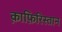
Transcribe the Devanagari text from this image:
क़ाफ़िरिस्तान